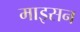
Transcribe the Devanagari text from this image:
माइसन